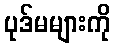
ပုဒ်မများကို